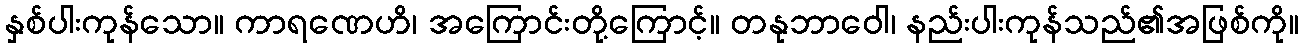
နှစ်ပါးကုန်သော။ ကာရဏေဟိ၊ အကြောင်းတို့ကြောင့်။ တနုဘာဝေါ၊ နည်းပါးကုန်သည်၏အဖြစ်ကို။